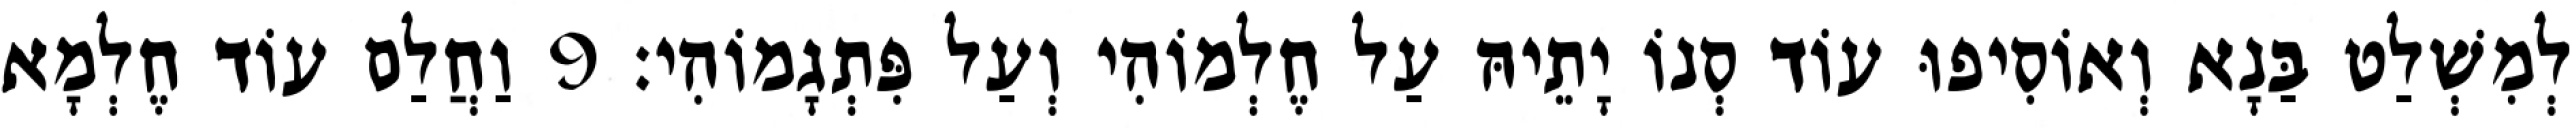
לְמִשְׁלַט בַּנָא וְאוֹסִיפוּ עוֹד סְנוֹ יָתֵיהּ עַל חֶלְמוֹהִי וְעַל פִּתְגָמוֹהִי׃ 9 וַחֲלַם עוֹד חֶלְמָא